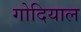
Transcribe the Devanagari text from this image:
गोदियाल